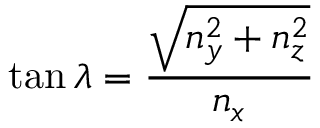
\tan \lambda = \frac { \sqrt { n _ { y } ^ { 2 } + n _ { z } ^ { 2 } } } { n _ { x } }